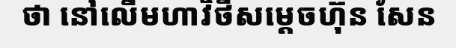
ថា នៅលើមហាវិថីសម្តេចហ៊ុន សែន